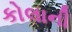
કોલાની